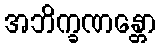
အဘိက္ခဏန္တော